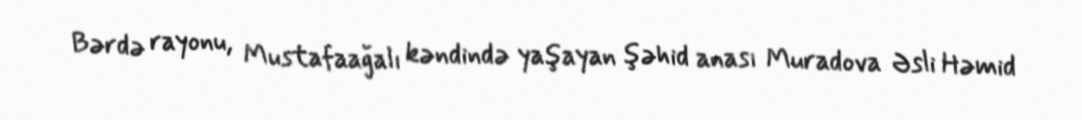
Bərdə rayonu, Mustafaağalı kəndində yaşayan şəhid anası Muradova Əsli Həmid